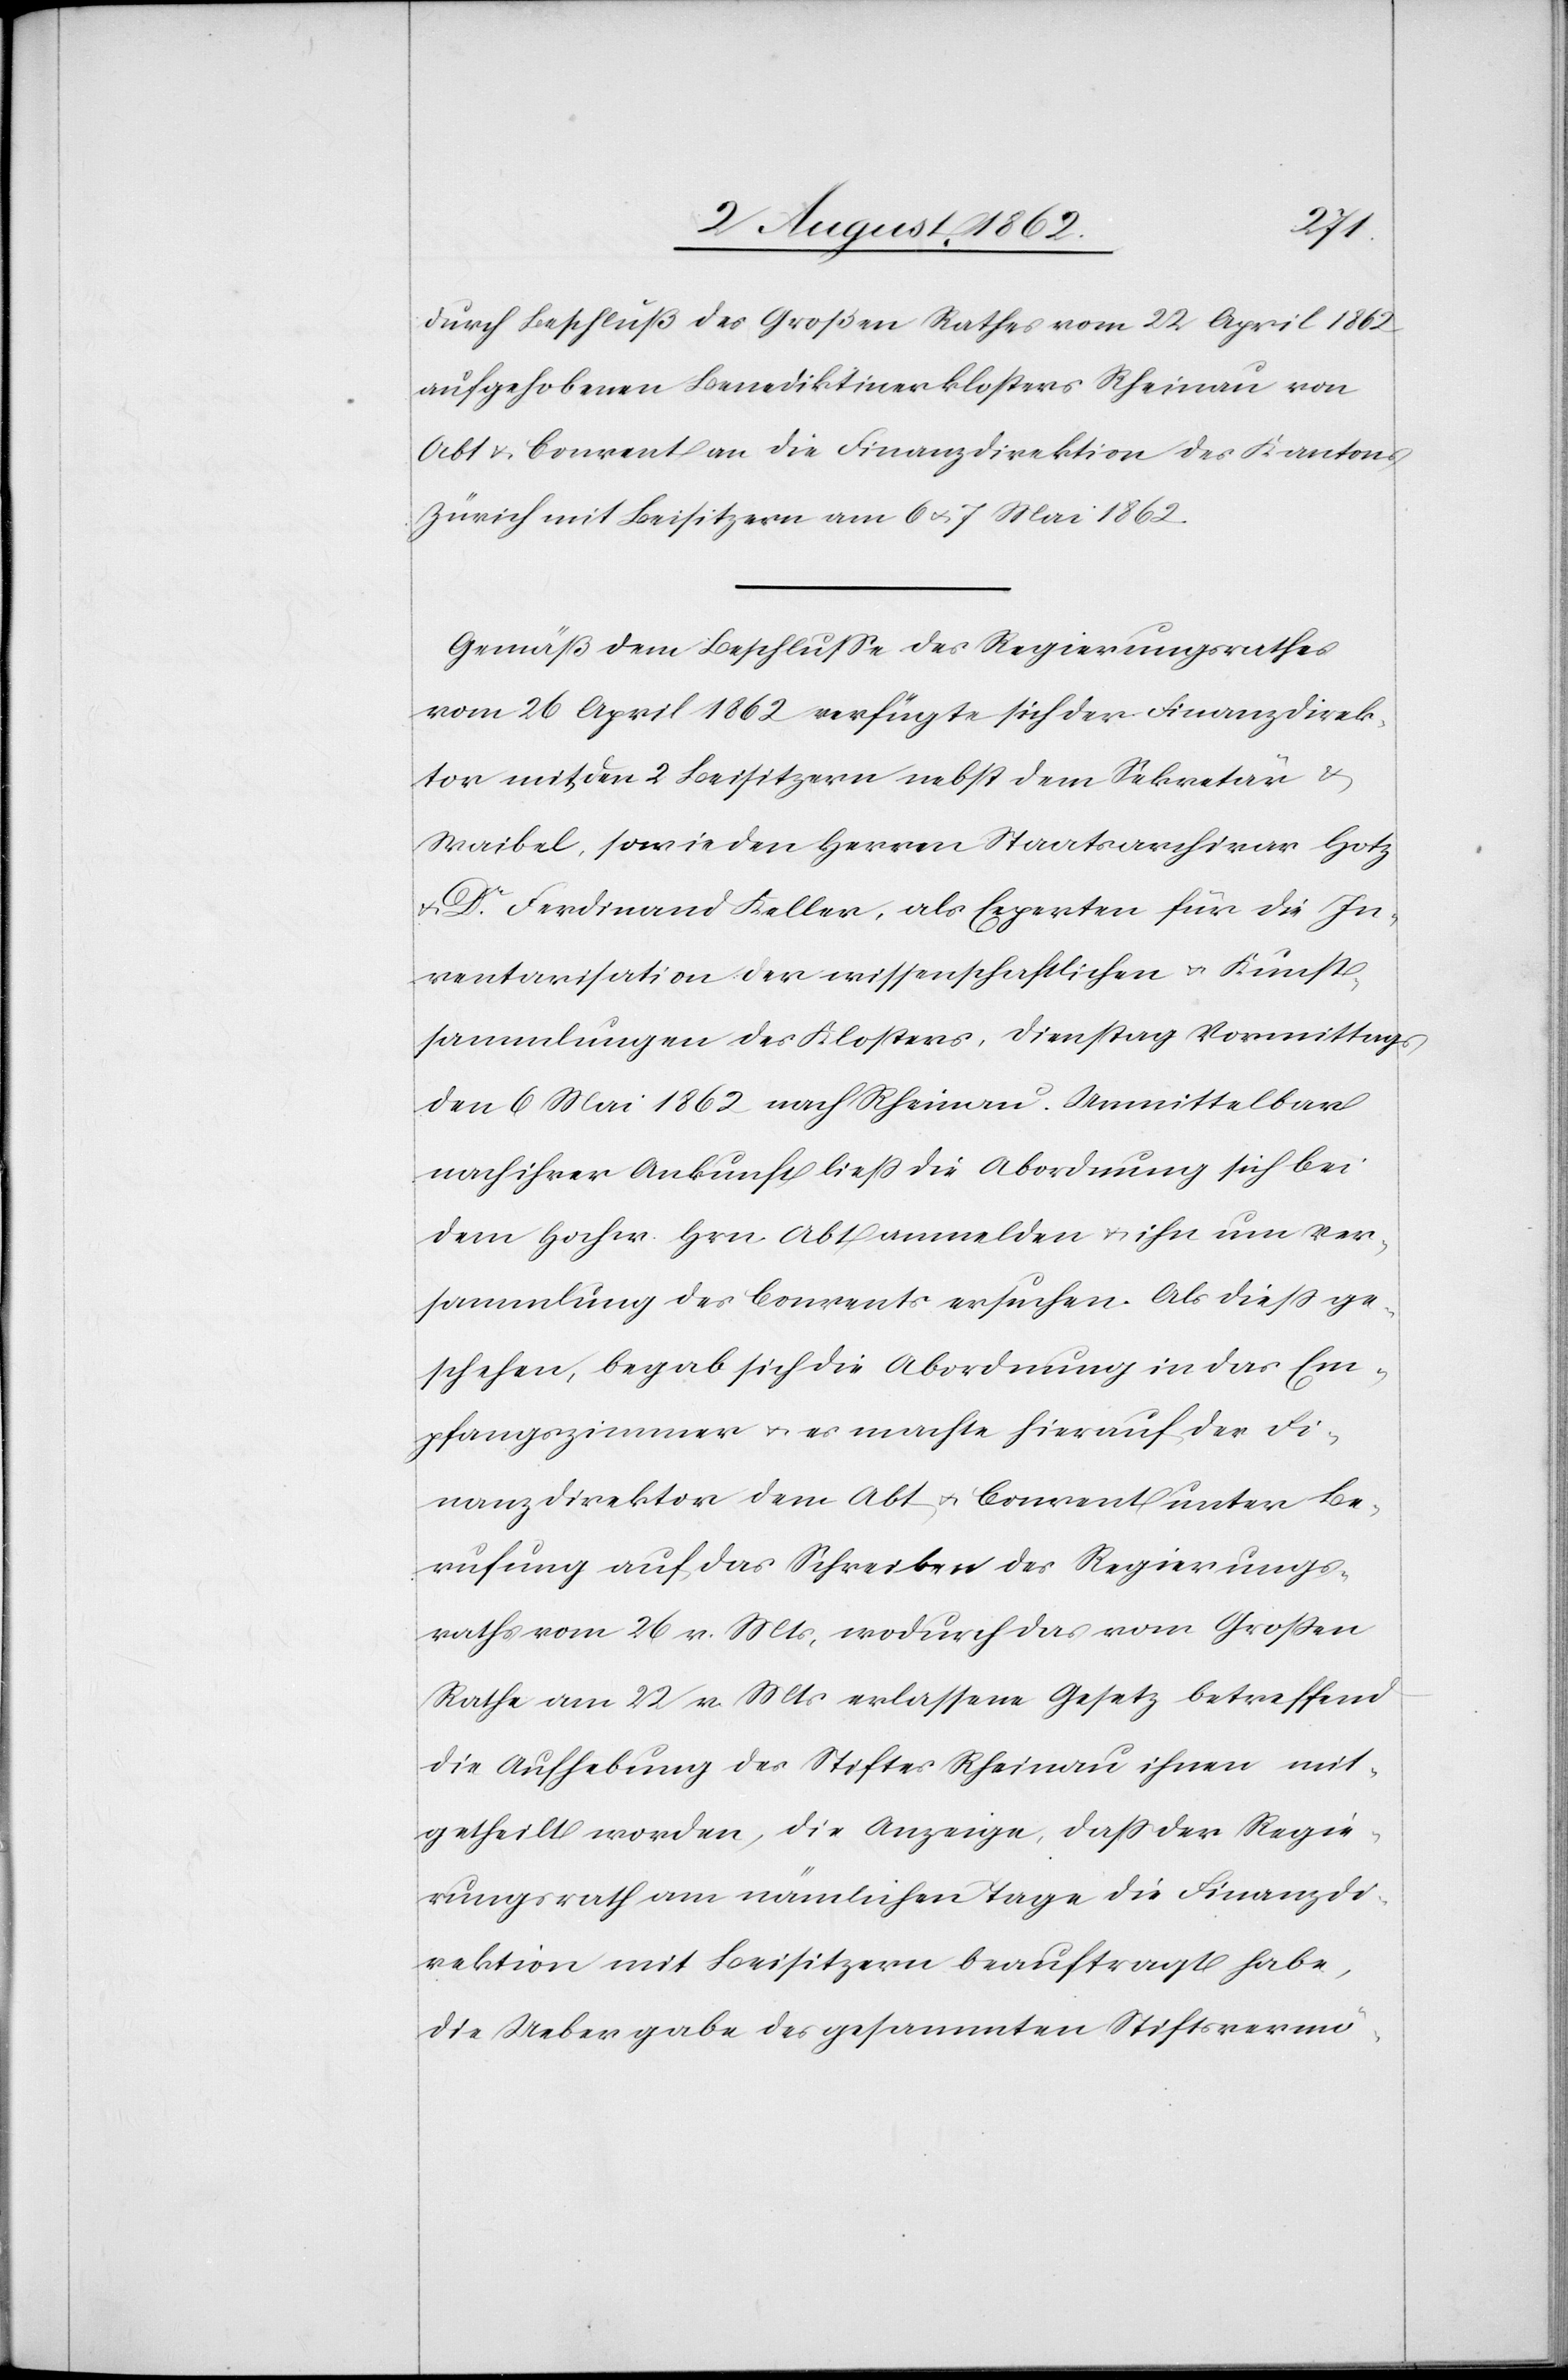
durch Beschluß des Großen Rathes vom 22. April 1862
aufgehobenen Benediktinerklosters Rheinau von
Abt u. Convent an die Finanzdirektion des Kantons
Zürich mit Beisitzern am 6. u. 7. Mai 1862.
Gemäß dem Beschlusse des Regierungsrathes
vom 26. April 1862 verfügte sich der Finanzdirek¬
tor mit den 2 Beisitzern nebst dem Sekretär u.
Waibel, sowie den Herren Staatsarchivar Hotz
Dr. Ferdinand Keller, als Experten für die In¬
ventarisation der wissenschaftlichen u. Kunst¬
sammlungen des Klosters, Dienstag Vormittags
den 6. Mai 1862 nach Rheinau. Unmittelbar
nach ihrer Ankunft ließ die Abordnung sich bei
dem Hochw. Hrn. Abt anmelden u. ihn um Ver¬
sammlung des Convents ersuchen. Als dieß ge¬
schehen, begab sich die Abordnung in das Em¬
pfangszimmer u. es machte hierauf der Fi¬
nanzdirektor dem Abt u. Convent unter Be¬
rufung auf das Schreiben des Regierungs¬
rathes vom 26. v. Mts., wodurch das vom Großen
Rathe am 22. v. Mts. erlassene Gesetz betreffend
die Aufhebung des Stiftes Rheinau ihnen mit¬
getheilt worden, die Anzeige, daß der Regie¬
rungsrath am nämlichen Tage die Finanzdi¬
rektion mit Beisitzern beauftragt habe,
die Uebergabe des gesammten Stifsvermö-